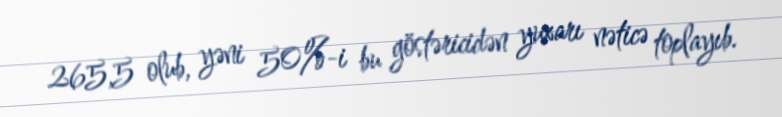
265,5 olub, yəni 50%-i bu göstəricidən yuxarı nəticə toplayıb.